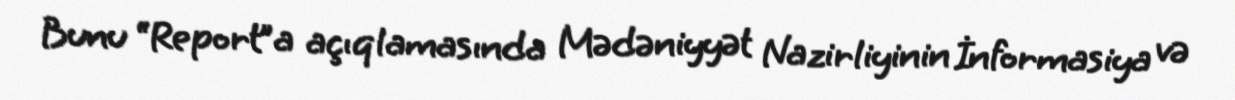
Bunu “Report”a açıqlamasında Mədəniyyət Nazirliyinin İnformasiya və